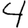
Digit: 4